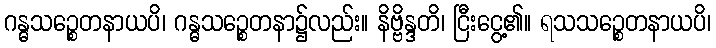
ဂန္ဓသဉ္စေတနာယပိ၊ ဂန္ဓသဉ္စေတနာ၌လည်း။ နိဗ္ဗိန္ဒတိ၊ ငြီးငွေ့၏။ ရသသဉ္စေတနာယပိ၊